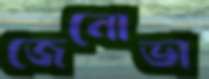
জেনোভা